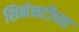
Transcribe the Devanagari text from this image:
सिनेनटीच्या